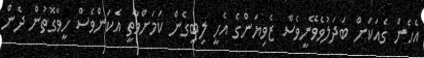
އެހެން ގެއަކަށް ބަދަލުވެވޭނީވެސް ޒެވިޔަންގެ އެހީ ލިބިގެން ކަމަށްވާތީ އެކަންވެސް ހީވާގޮތުން ދެން